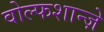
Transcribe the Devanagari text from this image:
वोल्फशान्ज़े